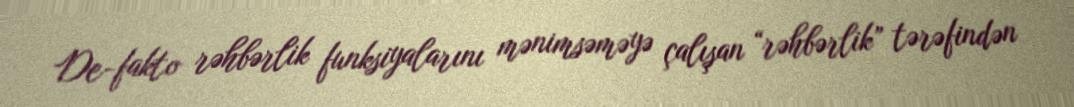
De-fakto rəhbərlik funksiyalarını mənimsəməyə çalışan “rəhbərlik” tərəfindən